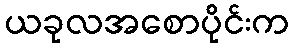
ယခုလအစောပိုင်းက